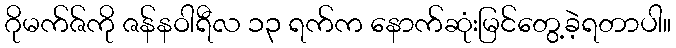
ဂိုမက်ဇ်ကို ဇန်နဝါရီလ ၁၃ ရက်က နောက်ဆုံးမြင်တွေ့ခဲ့ရတာပါ။